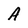
Character: A